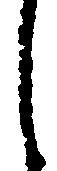
し